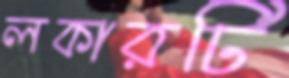
লকারটি